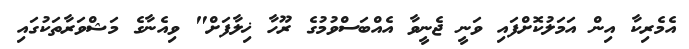
އެމެރިކާ އިން އަމަލުކޮށްފައި ވަނީ ޖެނީވާ އެއްބަސްވުމުގެ ރޫހާ ޚިލާފަށް" ވިއެނާގެ މަޝްވަރާތަކުގައި